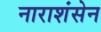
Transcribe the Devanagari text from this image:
नाराशंसेन